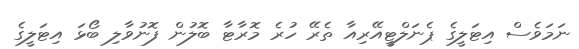
ނަމަވެސް އިޓަލީގެ ޕެނަލްޓީއޭރިއާ ތެރޭ ހުރެ މޮރާޓާ ބޮލުން ފޮނުވާލި ބޯޅަ އިޓަލީގެ